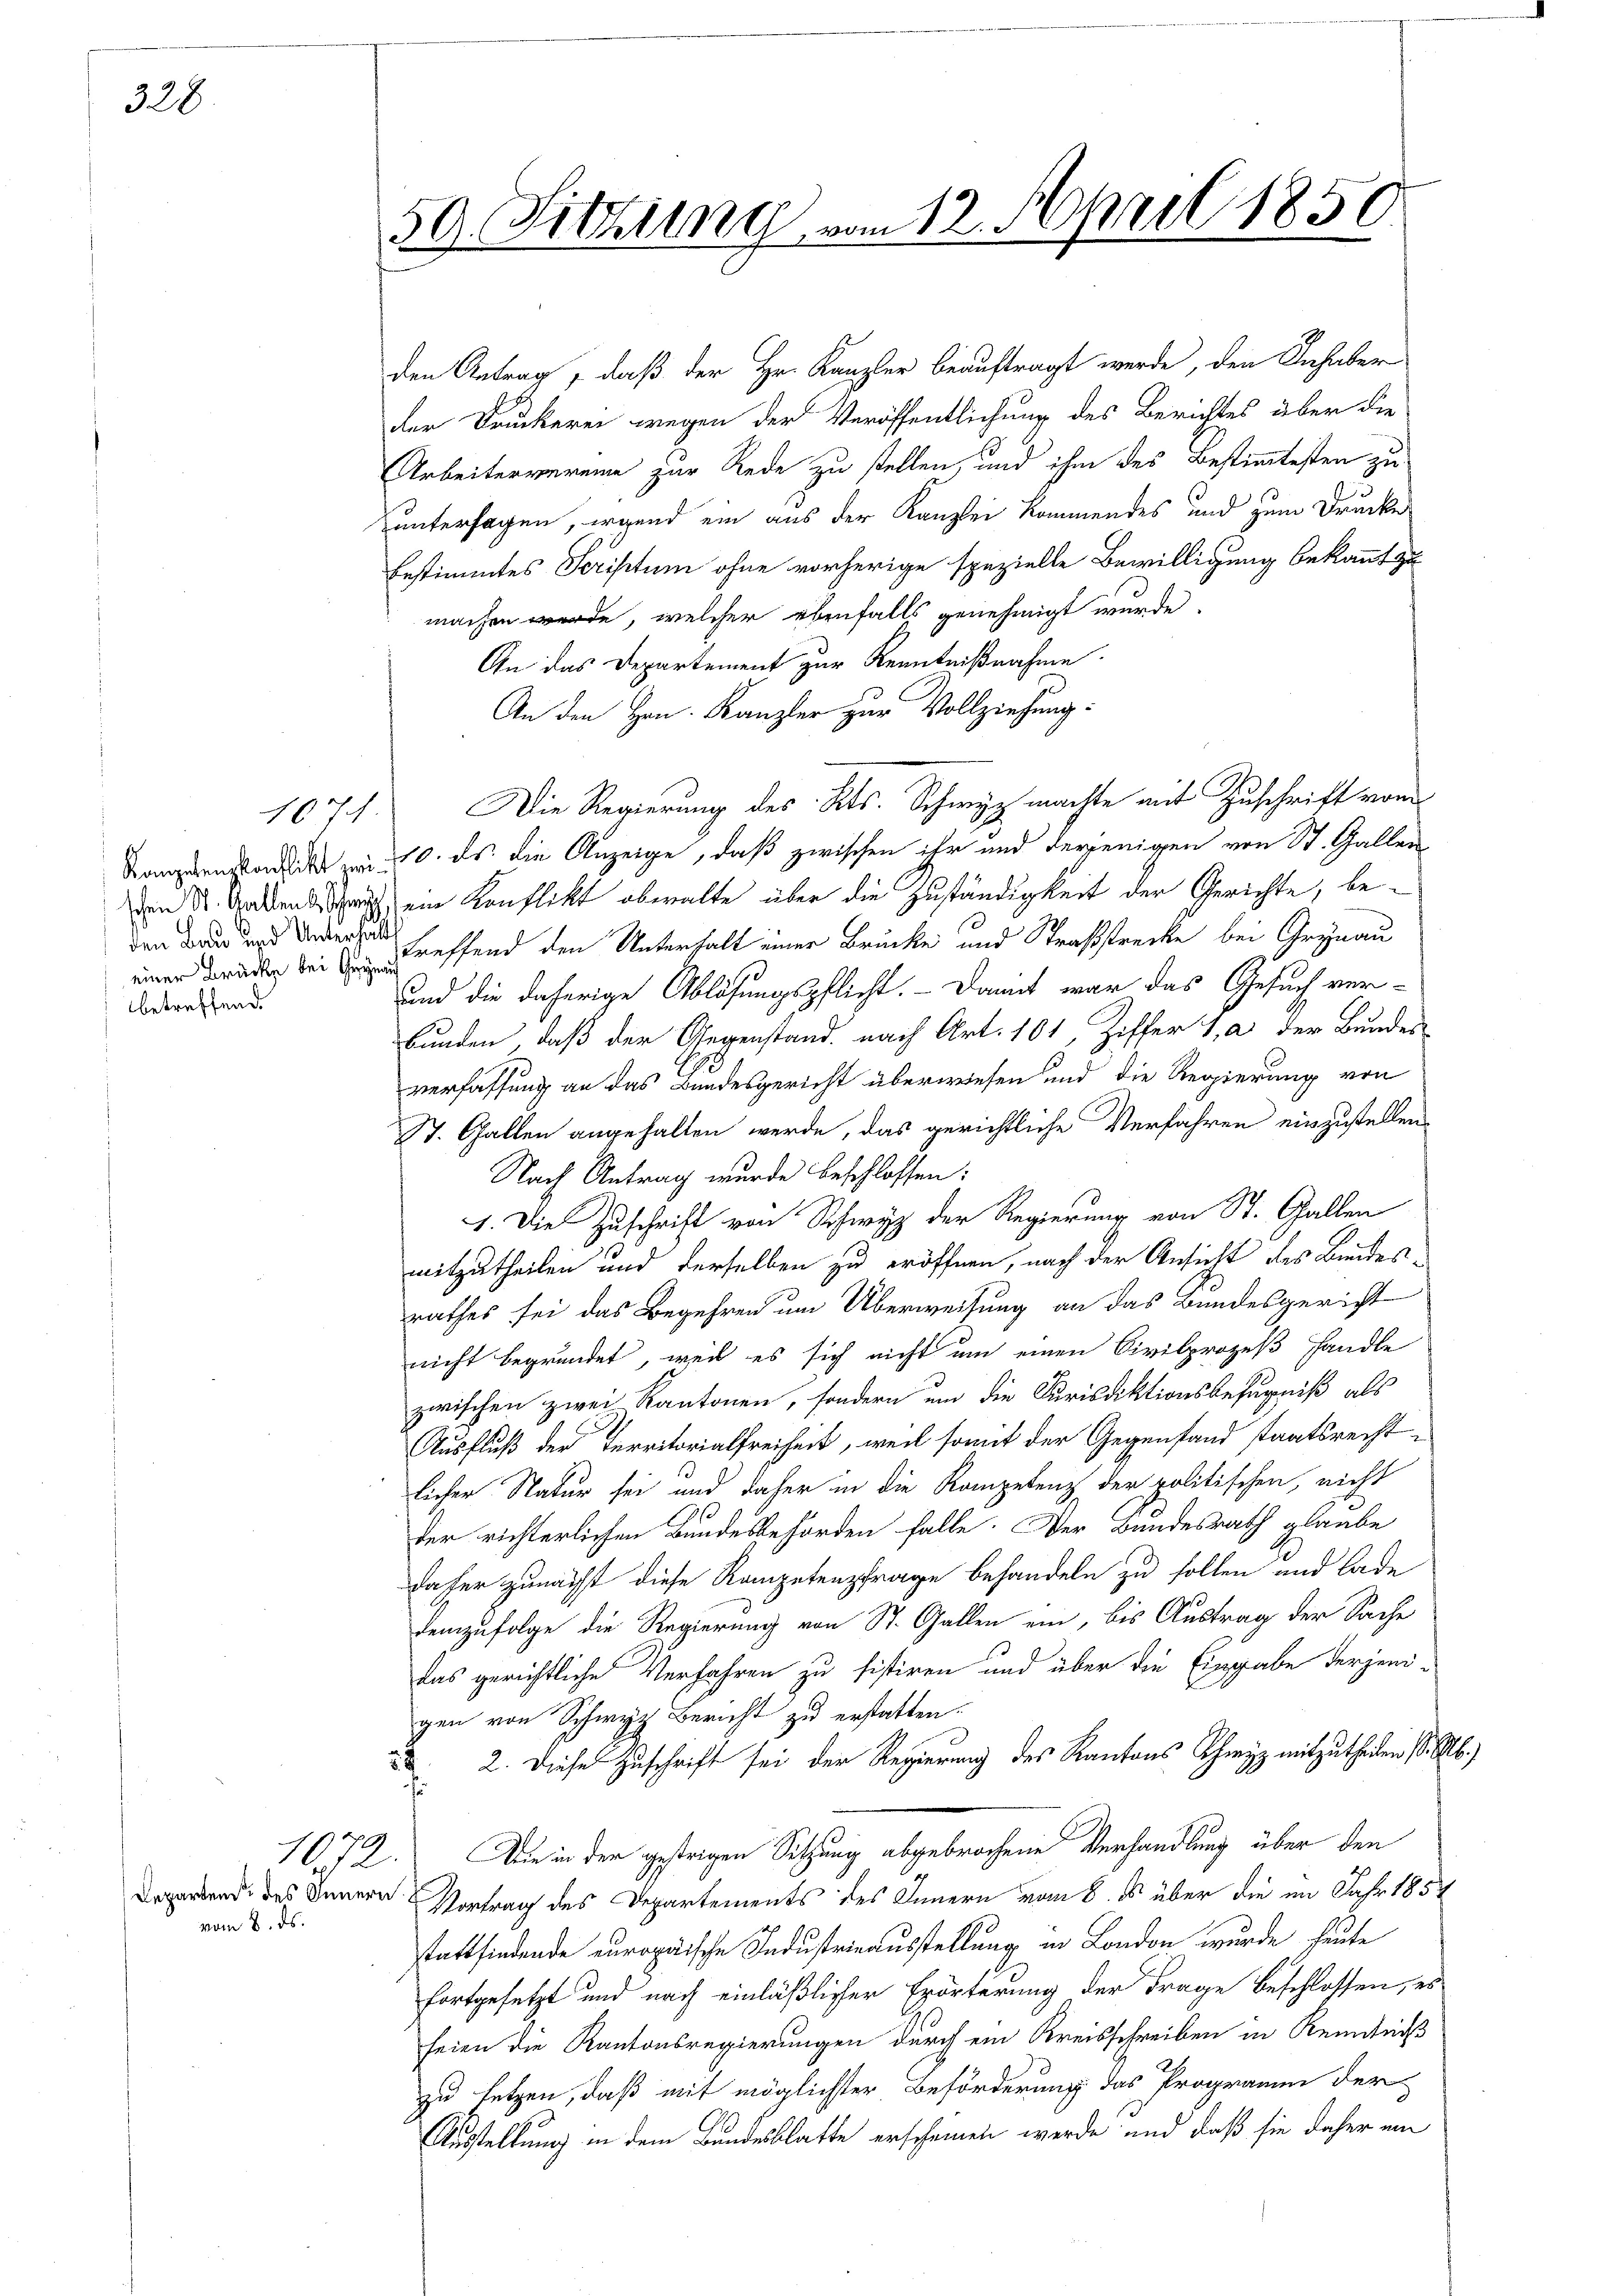
328

den Bau und Unterhalt
einer Brücke bei Grynau
betreffend

Departend des Innern
vom 8. ds.

1071.

e
59. Sitzung vom 12. April 1856

den Antrag, daß der Hr. Kanzler beauftragt werde, den Inhaber
der Druckerei wegen der Veröffentlichung des Berichtes über die
Arbeitervereine zur Rede zu stellen, und ihm des Bestimmtesten zu
untersagen, irgend ein aus der Kanzlei kommendes und zum Drucke
bestimmtes Scriptum ohne vorherige spezielle Bewilligung bekannt zu
machen werde, welcher ebenfalls genehmigt wurde.
An das Departement zur Kenntnißnahme.
An den Hrn. Kanzler zur Vollziehung:
Die Regierung des Kts. Schwyz machte mit Zuschrift vom
Kanzendende der v 10. ds. die Anzeige, daß zwischen ihr und derjenigen von St. Gallen
von St. Garten Gruss ein Konflikt obwalte über die Zuständigkeit der Gerichte, betreffend den Unterhalt einer Brücke und Straßstrecke bei Grynau
und die daherige Ablösungspflicht. - Damit war das Gesuch ver-
bunden, daß der Gegenstand nach Art. 101, Ziffer 1, a der Bundes
verfassung an das Bundesgericht überwiesen und die Regierung von
St. Gallen angehalten werde, das gerichtliche Verfahren einzustellen
Nach Antrag wurde beschlossen:
1. Die Zuschrift von Schwyz der Regierung von St. Gallen
mitzutheilen und derselben zu eröffnen, nach der Ansicht des Bundesrathes sei das Begehren um Überweisung an das Bundesgericht
nicht begründet, weil es sich nicht um einen Civilprozeß handle
zwischen zwei Kantonen, sondern um die Curisdiktionsbefugniß als
Ausfluß der Territorialfreiheit, weil somit der Gegenfand staatsrechtlicher Natur sei und daher in die Kompetenz der politischen, nicht
der richterlichen Bundesbehörden falle. Der Bundesrath glaube
daher zunächst diese Kompetenzfrage behandeln zu sollen und lade
demzufolge die Regierung von St. Gallen ein, bis Austrag der Sache
das gerichtliche Verfahren zu sistiren und über die Eingabe derjenigen von Schwyz Bericht zu erstatten.
 2. Diese Zuschrift sei der Regierung des Kantons Schwyz mitzutheilen, s. b
1072. Die in der gestrigen Sitzung abgebrochene Verhandlung über den
Vortrag des Departements des Innern vom 8. es über die im Jahr 1857
stattfindende europäische Industrieausstellung in London wurde heute
fortgesetzt und nach einläßlicher Erörterung der Frage beschlossen, es
seien die Kantonsregierungen durch ein Kreisschreiben in Kenntniß
zu setzen, daß mit möglichster Beförderung das Programm der
Ausstellung in dem Bundesblatte erscheinen werde und daß sie daher ein